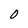
Character: 0